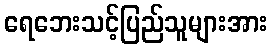
ရေဘေးသင့်ပြည်သူများအား